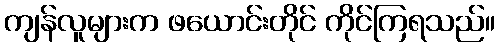
ကျန်လူများက ဖယောင်းတိုင် ကိုင်ကြရသည်။